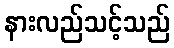
နားလည်သင့်သည်